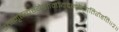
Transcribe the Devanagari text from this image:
उतामृतत्वस्येशानोयदन्नेनातिरोहति॥२॥